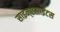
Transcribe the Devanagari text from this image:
साइन्एसाईटस